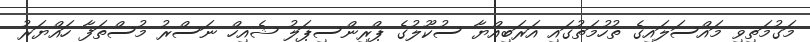
މަގުމަތިވި މައްސަލައިގެ ތުހުމަތުގައި އަރަބިއްޔާ ސުކޫލުގެ ޕްރިންސިޕަލު ޝެއިހް ނަސްރު މުސްތަފާ ހައްޔަރު